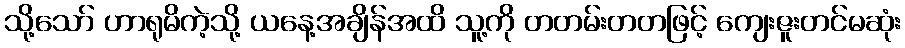
သို့သော် ဟာရုမိကဲ့သို့ ယနေ့အချိန်အထိ သူ့ကို တတမ်းတတဖြင့် ကျေးဇူးတင်မဆုံး